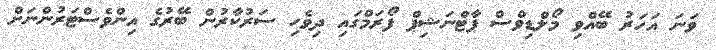
ވަނަ އަހަރު ބޭއްވި މޯލްޑިވްސް ޕާޓްނަޝިޕް ފޯރަމްގައި ދިވެހި ސަރުކާރުން ބޭރުގެ އިންވެސްޓަރުންނަށް